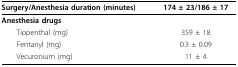
| Surgery/Anesthesia duration (minutes) | 174 ± 23/186 ± 17 |
 | --- | --- |
 | Anesthesia drugs |  |
 | Tiopenthal (mg) | 359 ± 18 |
 | Fentanyl (mg) | 0.3 ± 0.09 |
 | Vecuronium (mg) | 11 ± 4 |